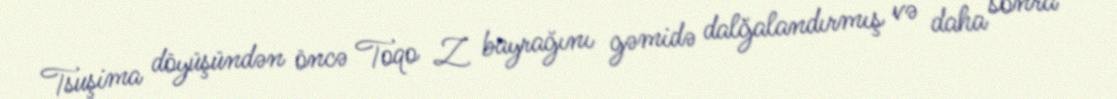
Tsuşima döyüşündən öncə Toqo Z bayrağını gəmidə dalğalandırmış və daha sonra